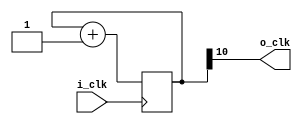
//Module  : clock generator
//Function : Generates 400 Hz clock from 100 Mhz clock

module clock_gen(
input    i_clk,
output   o_clk
);


reg [10:0] clock_scaller;

assign o_clk = clock_scaller[10];


always @(posedge i_clk)
begin
    clock_scaller  <=   clock_scaller + 1'b1;
end

endmodule